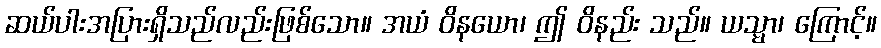
ဆယ်ပါးအပြားရှိသည်လည်းဖြစ်သော။ အယံ ဝိနယော၊ ဤ ဝိနည်း သည်။ ယသ္မာ၊ ကြောင့်။